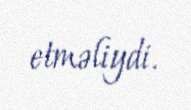
etməliydi.